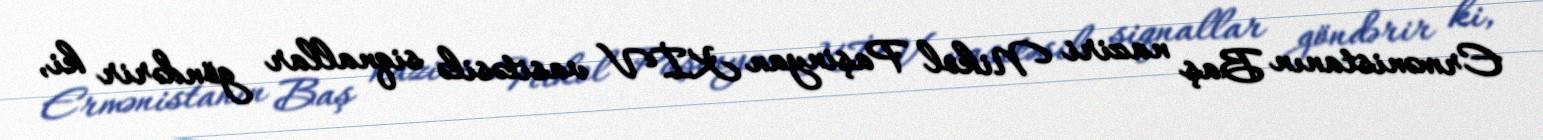
Ermənistanın Baş naziri Nikol Paşinyan KİV vasitəsilə siqnallar göndərir ki,